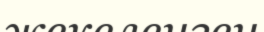
жекеленген